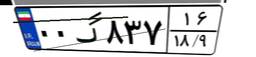
۰۰گ۸۳۷۱۶